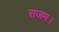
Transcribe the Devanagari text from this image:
राजम।